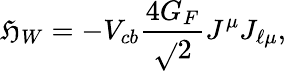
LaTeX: \mathfrak{H}_{W}=-V_{cb}\frac{{4G_{F}}}{{\sqrt{}{2}}}J^{\mu}J_{\ell\mu},